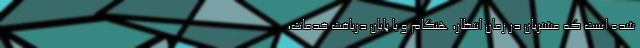
شده است که مشتریان در زمان انتظار، هنگام و یا پایان دریافت خدمات،